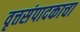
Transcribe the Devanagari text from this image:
वृत्तसंपादकाचा